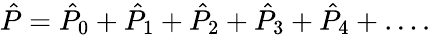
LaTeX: \begin{array}{r}{\hat{P}=\hat{P}_{0}+\hat{P}_{1}+\hat{P}_{2}+\hat{P}_{3}+\hat{P}_{4}+\dots.}\end{array}